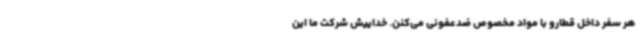
هر سفر داخل قطارو با مواد مخصوص ضدعفونی می‌کنن. خداییش شرکت ما این